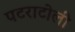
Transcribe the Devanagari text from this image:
पटराटोली